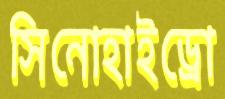
সিনোহাইড্রো